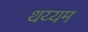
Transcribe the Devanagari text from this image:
थय्यम